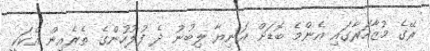
ރޭގެ މުޒާހަރާގައި އެންމެ ބޮޑަށް އަނިޔާ ލިބުނު ދެ ފުލުހުންގެ ތެރެއިން އެކަކީ